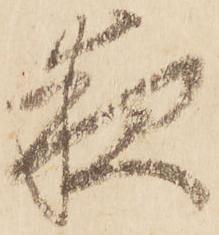
夜